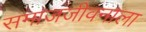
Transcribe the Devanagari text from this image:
समाजजीवनाला